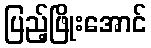
ပြည့်ဖြိုးအောင်